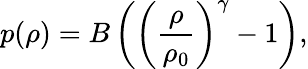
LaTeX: p(\rho)=B\left(\left(\frac{\rho}{\rho_{0}}\right)^{\gamma}-1\right),